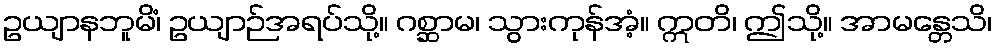
ဥယျာနဘူမိံ၊ ဥယျာဉ်အရပ်သို့။ ဂစ္ဆာမ၊ သွားကုန်အံ့။ ဣတိ၊ ဤသို့။ အာမန္တေသိ၊